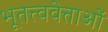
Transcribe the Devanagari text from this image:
भूतत्त्ववेत्ताओं